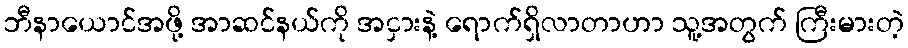
ဘီနာယောင်အဖို့ အာဆင်နယ်ကို အငှားနဲ့ ရောက်ရှိလာတာဟာ သူ့အတွက် ကြီးမားတဲ့